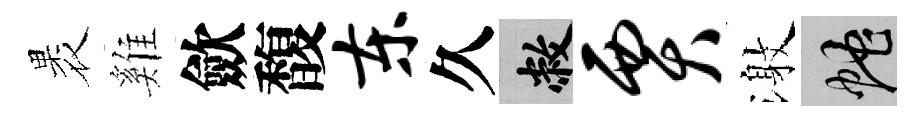
褁雞歛馥东久敝贾激蛇